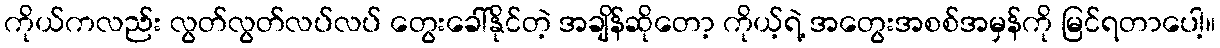
ကိုယ်ကလည်း လွတ်လွတ်လပ်လပ် တွေးခေါ်နိုင်တဲ့ အချိန်ဆိုတော့ ကိုယ့်ရဲ့ အတွေးအစစ်အမှန်ကို မြင်ရတာပေါ့။